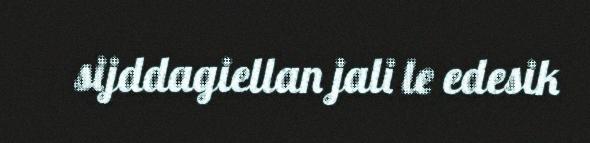
sijddagiellan jali le edesik